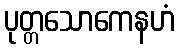
ပုတ္တသောကေနဟံ